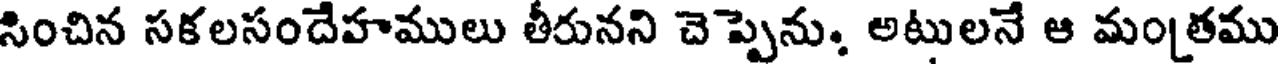
సించిన సకలసందేహములు తీరునని చెప్పెను, అటులనే ఆ మంత్రము